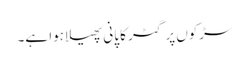
سڑکوں پر گٹر کا پانی پھیلا ہوا ہے۔